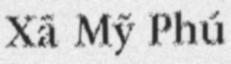
Xã Mỹ Phú